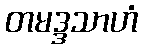
တမဒ္ဒသာဟံ